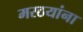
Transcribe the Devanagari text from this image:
मरठयांना